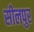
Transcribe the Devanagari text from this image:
सीलपुर